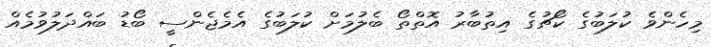
މިހެންވެ ކުލަބުގެ ކޯޗުގެ އިތުބާރު އޮތްތޯ ބެލުމަށް ކުލަބުގެ އެމެޖެންސީ ބޯޑު ބައްދަލުވުމެއް